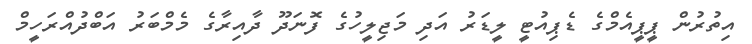
އިތުރުން ޕީޕީއެމްގެ ޑެޕިއުޓީ ލީޑަރު އަދި މަޖިލީހުގެ ފޮނަދޫ ދާއިރާގެ މެމްބަރު އަބްދުއްރަހީމް